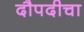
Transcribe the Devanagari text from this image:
दौपदीचा